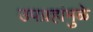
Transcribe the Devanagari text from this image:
उपग्रहांमुळे